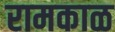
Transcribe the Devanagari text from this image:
रामकाळ